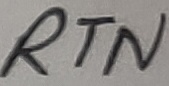
Text: RTN